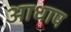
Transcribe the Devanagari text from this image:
आधाष